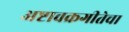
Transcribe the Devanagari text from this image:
अष्टावक्रगीतेचा